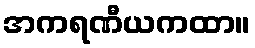
အကရဏီယကထာ။